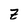
Character: Z